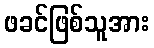
ဖခင်ဖြစ်သူအား